King Institute of Preventive Medicine Micro-Biological Section reports 1912-19
Year: 1912
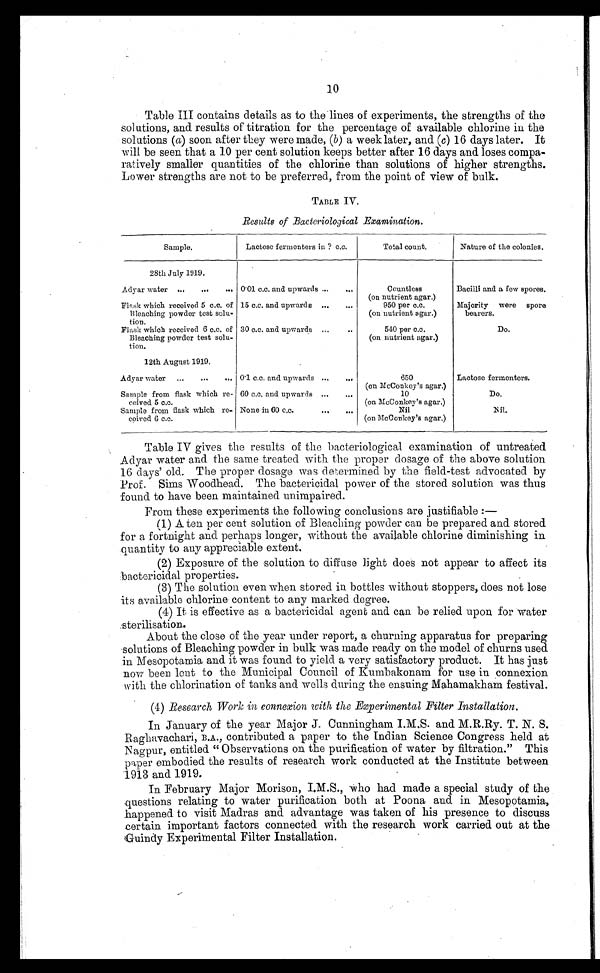
Table III contains details as to the lines of experiments, the strengths of the
solutions, and results of titration for the percentage of available chlorine in the
solutions ( a) soon after they were made, (b) a week later, and (c) 16 days later. It
will be seen that a 10 per cent solution keeps better after 16 days and loses compa
-
ratively smaller quantities of the chlorine than solutions of higher strengths.
Lower strengths are not to be preferred, from the point of view of bulk.
TABLE IV.
Results of Bacteriological Examination.
Sample.
Lactose fermenters in ? c.c.
Total count.
Nature of the colonies.
28th July 1919.
Adyar water . . . 0.01 c.c. and upwards . . .
Countless
(on nutrient agar.)
Bacilli and a few spores.
Flask which received 5 c.c. of
Bleaching powder test solu-
tion.
15 c.c. and upwards . . .
950 per c.c.
(on nutrient agar.)
Majority were spore
bearers.
Flask which received 6 c.c. of
Bleaching powder test solu-
tion.
30 c.c. and upwards . . .
540 per c.c.
(on nutrient agar.)
Do.
12th August 1919.
Adyar water . . . 0.1 c.c. and upwards . . .
650
(on McConkey's agar.)
Lactose fermenters.
Sample from flask which re
-ceived 5 c.c.
60 c.c. and upwards . . .
10
(on McConkey's agar.)
Do.
Sample from flask which re-
ceived 6 c.c.
None in 60 c.c. . . .
Nil
(on McConkey's agar.)
Nil.
Table IV gives the results of the bacteriological examination of untreated
Adyar water and the same treated with the proper dosage of the above solution
16 days' old. The proper dosage was determined by the field-test advocated by
Prof. Sims Woodhead. The bactericidal power of the stored solution was thus
found to have been maintained unimpaired.
From these experiments the following conclusions are justifiable:
—
( 1 ) A t e n p e r c e n t s o l u t i o n o f B l e a c h i n g p o w d e r c a n b e p r e p a r e d a n d s t o r e d
for a fortnight and perhaps longer, without the available chlorine diminishing in
quantity to any appreciable extent.
(2) Exposure of the solution to diffuse light does not appear to affect its
bactericidal properties.
(3) The solution even when stored in bottles without stoppers, does not lose
its available chlorine content to any marked degree.
(4) It is effective as a bactericidal agent and can be relied upon for water
sterilisation.
About the close of the year under report, a churning apparatus for preparing
solutions of Bleaching powder in bulk was made ready on the model of churns used
in Mesopotamia and it was found to yield a very satisfactory product. It has just
now been lent to the Municipal Council of Kumbakonam for use in connexion
with the chlorination of tanks and wells during the ensuing Mahamakham festival.
(4) Research Work in connexion with the Experimental Filter Installation.
In January of the year Major J. Cunningham I.M.S. and M.R.Ry. T. N. S.
Raghavachari, B.A., contributed a paper to the Indian Science Congress held at
Nagpur, entitled "Observations on the purification of water by filtration." This
paper embodied the results of research work conducted at the Institute between
1913 and 1919.
In February Major Morison, I.M.S., who had made a special study of the
questions relating to water purification both at Poona and in Mesopotamia,
happened to visit Madras and advantage was taken of his presence to discuss
certain important factors connected with the research work carried out at the
Guindy Experimental Filter Installation.